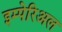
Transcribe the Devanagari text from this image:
इम्पेरिअल